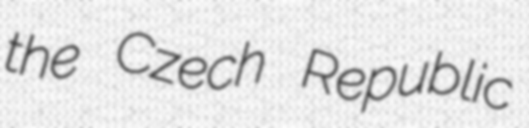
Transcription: the Czech Republic